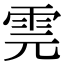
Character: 䨌